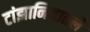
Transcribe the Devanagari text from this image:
टांझानियातले